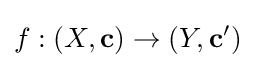
f:(X,\mathbf {c} )\to (Y,\mathbf {c} ')